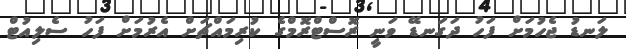
ލަނޑު ޖެހުމަށް ފަހު ދަގަނޑޭ ވަނީ ރޮސްޓްރޮމްގެ ކުރިމައްޗަށް އެރުމަށް ފަހު ސެލިއުޓް